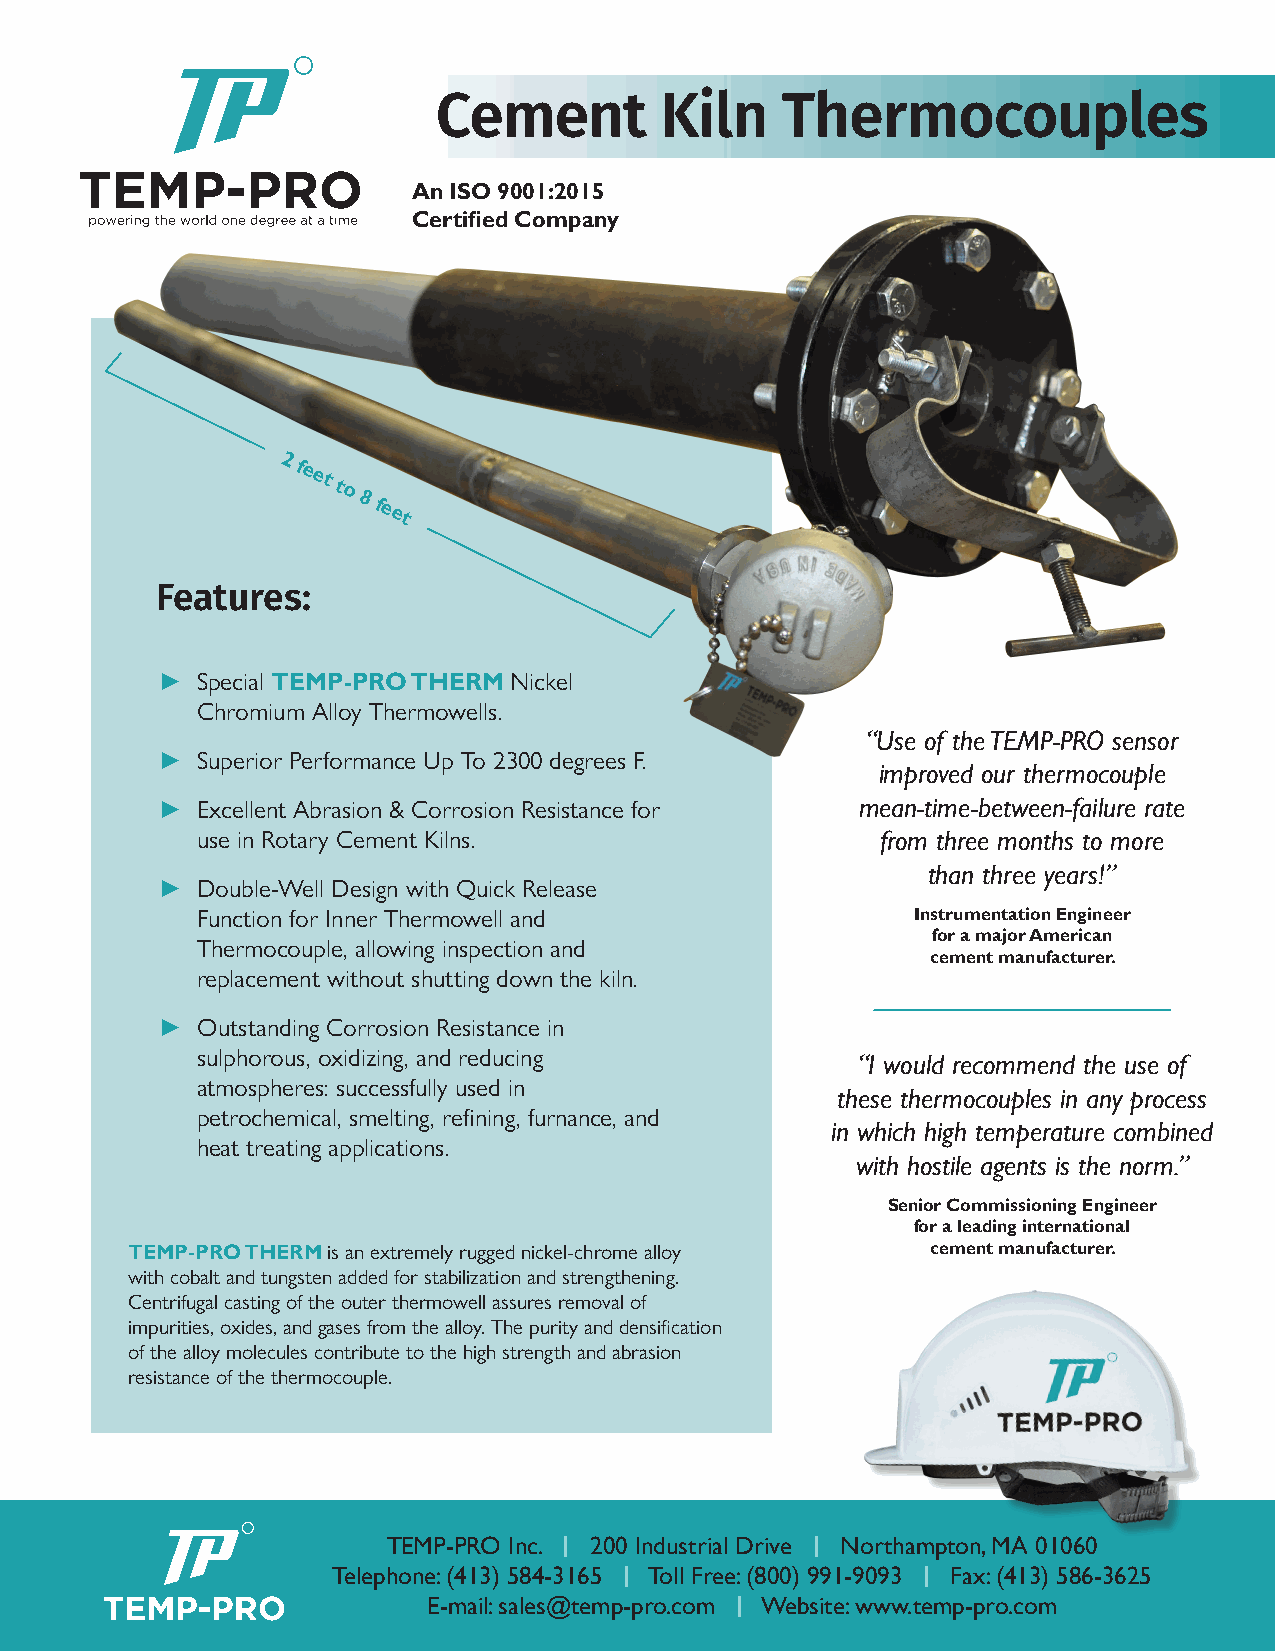
Cement         Kiln    Thermocouples
 An ISO 9001:2015
 Certified Company
 2 feet
 to
 8 feet
 Features:
 ►  Special TEMP-PRO THERM Nickel
 Chromium Alloy Thermowells.
 “Use of the TEMP-PRO sensor
 ►  Superior Performance Up To 2300 degrees F.
 improved our thermocouple
 ►  Excellent Abrasion & Corrosion Resistance for mean-time-between-failure rate
 use in Rotary Cement Kilns.                  from three months to more
 than three years!”
 ►  Double-Well Design with Quick Release
 Function for Inner Thermowell and               Instrumentation Engineer
 for a major American
 Thermocouple, allowing inspection and
 cement manufacturer.
 replacement without shutting down the kiln.
 ►  Outstanding Corrosion Resistance in
 sulphorous, oxidizing, and reducing
 “I would recommend the use of
 atmospheres: successfully used in
 these thermocouples in any process
 petrochemical, smelting, refining, furnance, and
 in which high temperature combined
 heat treating applications.
 with hostile agents is the norm.”
 Senior Commissioning Engineer
 for a leading international
 TEMP-PRO THERM is an extremely rugged nickel-chrome alloy cement manufacturer.
 with cobalt and tungsten added for stabilization and strengthening.
 Centrifugal casting of the outer thermowell assures removal of
 impurities, oxides, and gases from the alloy. The purity and densification
 of the alloy molecules contribute to the high strength and abrasion
 resistance of the thermocouple.
 TEMP-PRO Inc. | 200 Industrial Drive | Northampton, MA 01060
 Telephone: (413) 584-3165 | Toll Free: (800) 991-9093 | Fax: (413) 586-3625
 E-mail: sales@temp-pro.com | Website: www.temp-pro.com